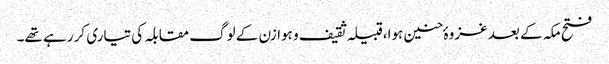
فتح مکہ کے بعد غزوہٴ حنین ہوا،قبیلہ ثقیف و ہوازن کے لوگ مقابلہ کی تیاری کر رہے تھے۔